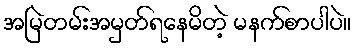
အမြဲတမ်းအမှတ်ရနေမိတဲ့ မနက်စာပါပဲ။